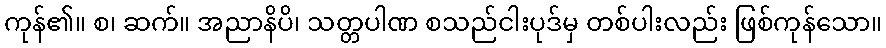
ကုန်၏။ စ၊ ဆက်။ အညာနိပိ၊ သတ္တပါဏ စသည်ငါးပုဒ်မှ တစ်ပါးလည်း ဖြစ်ကုန်သော။